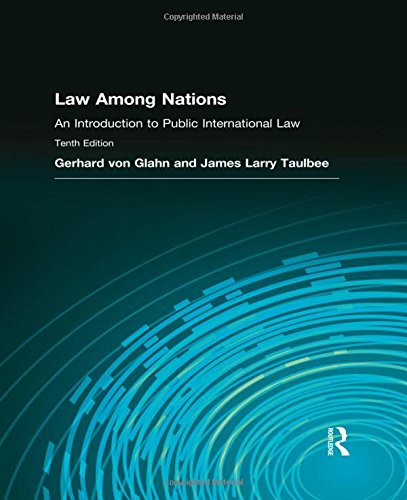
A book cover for Law Among Nations: An Introduction to Public International Law; Gerhard von Glahn; Law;